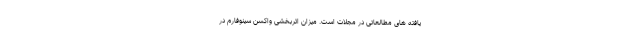
یافته های مطالعاتی در مجلات است. میزان اثربخشی واکسن سینوفارم در